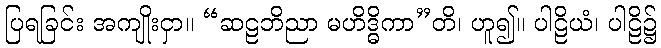
ပြရခြင်း အကျိုးငှာ။ “ဆဠဘိညာ မဟိဒ္ဓိကာ”တိ၊ ဟူ၍။ ပါဠိယံ၊ ပါဠိ၌